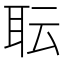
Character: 耺